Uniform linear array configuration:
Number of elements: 24
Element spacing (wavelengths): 1
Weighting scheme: hamming
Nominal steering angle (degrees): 0
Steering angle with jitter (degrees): -0.6756
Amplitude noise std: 0.05
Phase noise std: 0.05

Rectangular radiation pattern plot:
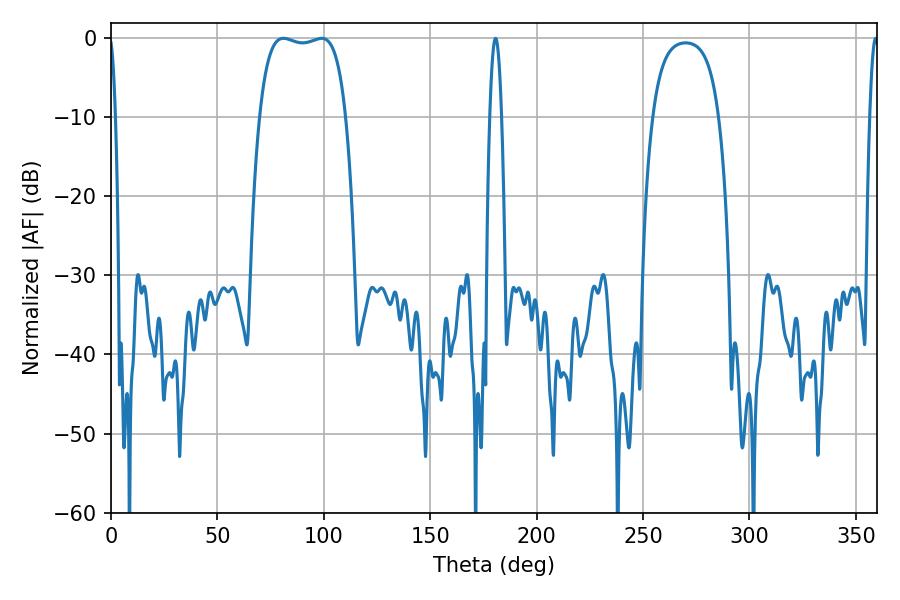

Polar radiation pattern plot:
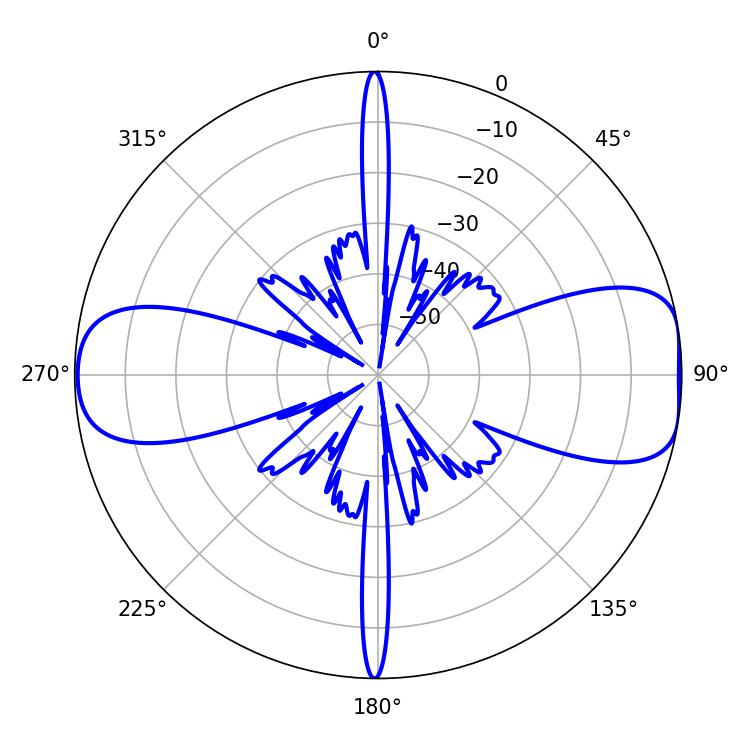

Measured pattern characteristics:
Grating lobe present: TRUE
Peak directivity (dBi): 9.675
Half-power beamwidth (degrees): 32.4
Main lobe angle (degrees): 81